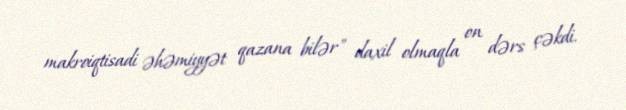
makroiqtisadi əhəmiyyət qazana bilər" daxil olmaqla on dərs çəkdi.